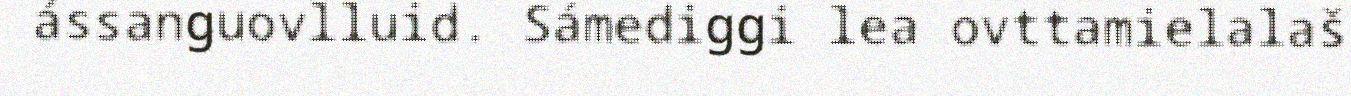
ássanguovlluid. Sámediggi lea ovttamielalaš